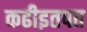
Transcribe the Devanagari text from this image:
कढीइतपत